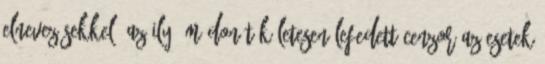
el­neve­zé­sekkel. Az ily’ módon tökéletesen lefedett cenzor az esetek